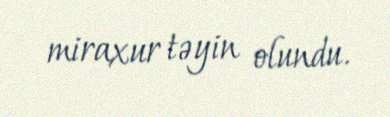
miraxur təyin olundu.